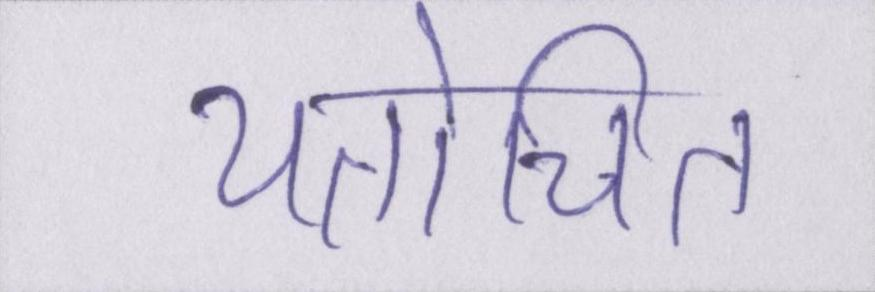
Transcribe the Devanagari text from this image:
यतोचित